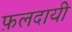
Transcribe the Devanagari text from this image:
फ़लदायी